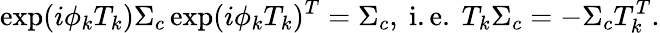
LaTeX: \exp(i\phi_{k}T_{k})\Sigma_{c}\exp(i\phi_{k}T_{k})^{T}=\Sigma_{c},\mathrm{~i.e.~}T_{k}\Sigma_{c}=-\Sigma_{c}T_{k}^{T}.